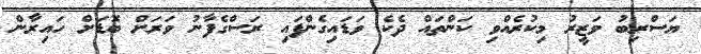
ޔަސްރިބު ވަޒީރު މިކުރެއްވި ކަންތައް ދެކެ ވަޑައިގެންފައި ރަސްގެފާނު ވަރަށް ބޮޑަށް ހައިރާން